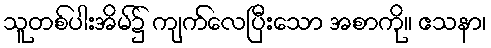
သူတစ်ပါးအိမ်၌ ကျက်လေပြီးသော အစာကို။ ဧသနာ၊